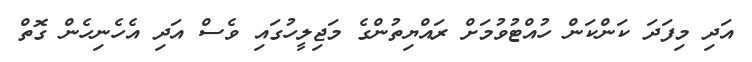
އަދި މިފަދަ ކަންކަން ހުއްޓުވުމަށް ރައްޔިތުންގެ މަޖިލީހުގައި ވެސް އަދި އެހެނިހެން ގޮތް